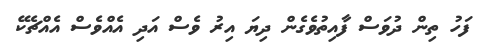
ފަހު ތިން ދުވަސް ފާއިތުވެގެން ދިޔަ އިރު ވެސް އަދި އެއްވެސް އެއްޗެކޭ